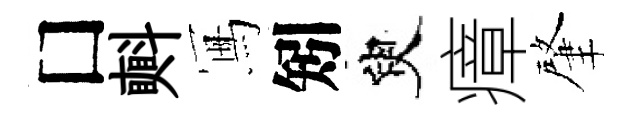
□㪺冩矧臾瘴肇